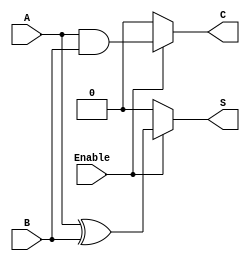
module conditional_half_adder (
    input wire A,      // First binary input
    input wire B,      // Second binary input
    input wire Enable, // Control signal
    output wire S,     // Sum output
    output wire C      // Carry output
);

    // Combinational logic for the Conditional Half-Adder
    assign S = Enable ? (A ^ B) : 0; // Perform addition if Enable is high, else S = 0
    assign C = Enable ? (A & B) : 0; // Perform addition if Enable is high, else C = 0

endmodule